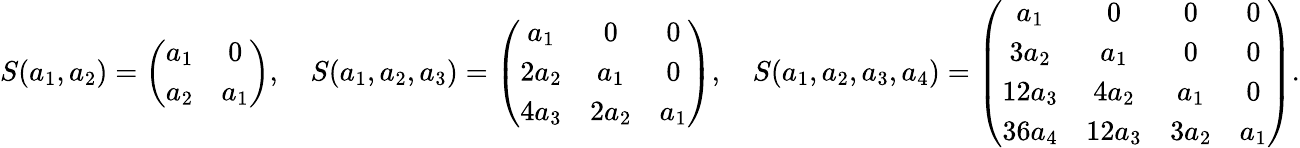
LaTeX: S(a_{1},a_{2})=\left(\begin{array}{cc}{a_{1}}&{0}\\ {a_{2}}&{a_{1}}\end{array}\right),\quad S(a_{1},a_{2},a_{3})=\left(\begin{array}{ccc}{a_{1}}&{0}&{0}\\ {2a_{2}}&{a_{1}}&{0}\\ {4a_{3}}&{2a_{2}}&{a_{1}}\end{array}\right),\quad S(a_{1},a_{2},a_{3},a_{4})=\left(\begin{array}{cccc}{a_{1}}&{0}&{0}&{0}\\ {3a_{2}}&{a_{1}}&{0}&{0}\\ {12a_{3}}&{4a_{2}}&{a_{1}}&{0}\\ {36a_{4}}&{12a_{3}}&{3a_{2}}&{a_{1}}\end{array}\right).